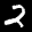
Label: 2